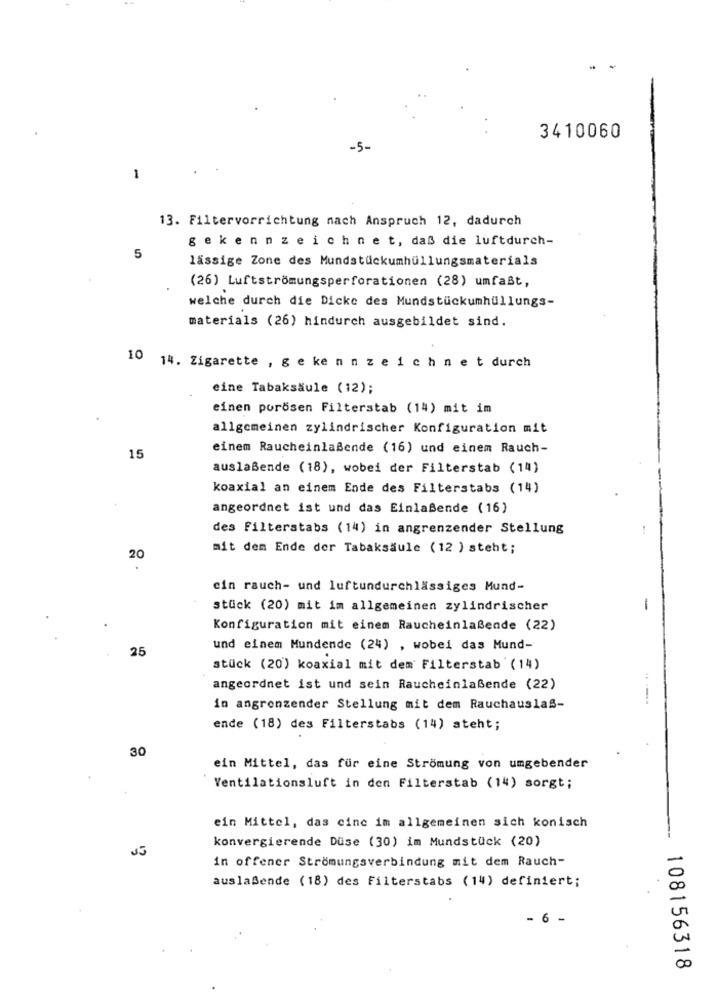
3410060
-5-
1
13. Filtervorrichtung nach Anspruch 12, dadurch
gekennzeichnet, daß die luftdurch-
5
lässige Zone des Mundstückumhüllungsmaterials
(26) Luftströmungsperforationen (28) umfaßt,
welche durch die Dicke des Mundstückumhüllungs-
materials (26) hindurch ausgebildet sind.
10 14. Zigarette , gekennzeichnet durch
eine Tabaksäule (12);
einen porösen Filterstab (14) mit im
allgemeinen zylindrischer Konfiguration mit
einem Raucheinlaßende (16) und einem Rauch-
15
auslaßende (18), wobei der Filterstab (14)
koaxial an einem Ende des Filterstabs (14)
angeordnet ist und das Einlaßende (16)
des Filterstabs (14) in angrenzender Stellung
mit dem Ende der Tabaksäule (12 ) steht;
20
ein rauch- und luftundurchlässiges Mund-
stück (20) mit im allgemeinen zylindrischer
-
Konfiguration mit einem Raucheinlaßende (22)
25
und einem Mundende (24) , wobei das Mund-
stück (20) koaxial mit dem Filterstab (14)
angeordnet ist und sein Raucheinlaßende (22)
in angrenzender Stellung mit dem Rauchauslas-
ende (18) des Filterstabs (14) steht;
30
ein Mittel, das für eine Strömung von umgebender
Ventilationsluft in den Filterstab (14) sorgt;
ein Mittel, das cine im allgemeinen sich konisch
konvergierende Düse (30) im Mundstück (20)
--
in offener Strömungsverbindung mit dem Rauch-
auslaßende (18) des Filterstabs (14) definiert;
- 6 -
108156318